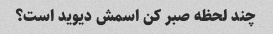
چند لحظه صبر کن اسمش دیوید است؟